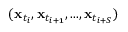
( \mathbf { x } _ { t _ { i } } , \mathbf { x } _ { t _ { i + 1 } } , . . . , \mathbf { x } _ { t _ { i + S } } )